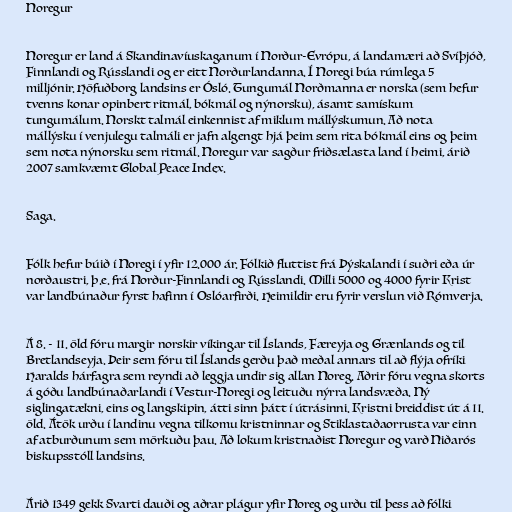
Noregur

Noregur er land á Skandinavíuskaganum í Norður-Evrópu, á landamæri að Svíþjóð,
Finnlandi og Rússlandi og er eitt Norðurlandanna. Í Noregi búa rúmlega 5
milljónir. Höfuðborg landsins er Ósló. Tungumál Norðmanna er norska (sem hefur
tvenns konar opinbert ritmál, bókmál og nýnorsku), ásamt samískum
tungumálum. Norskt talmál einkennist af miklum mállýskumun. Að nota
mállýsku í venjulegu talmáli er jafn algengt hjá þeim sem rita bókmál eins og þeim
sem nota nýnorsku sem ritmál. Noregur var sagður friðsælasta land í heimi, árið
2007 samkvæmt Global Peace Index.

Saga.

‍‍‍Fólk hefur búið í Noregi í yfir 12.000 ár. Fólkið fluttist frá Þýskalandi í suðri eða úr
norðaustri, þ.e. frá Norður-Finnlandi og Rússlandi. Milli 5000 og 4000 fyrir Krist
var landbúnaður fyrst hafinn í Oslóarfirði. Heimildir eru fyrir verslun við Rómverja.

Á 8. - 11. öld fóru margir norskir víkingar til Íslands, Færeyja og Grænlands og til
Bretlandseyja. Þeir sem fóru til Íslands gerðu það meðal annars til að flýja ofríki
Haralds hárfagra sem reyndi að leggja undir sig allan Noreg. Aðrir fóru vegna skorts
á góðu landbúnaðarlandi í Vestur-Noregi og leituðu nýrra landsvæða. Ný
siglingatækni, eins og langskipin, átti sinn þátt í útrásinni. Kristni breiddist út á 11.
öld. Átök urðu í landinu vegna tilkomu kristninnar og Stiklastaðaorrusta var einn
af atburðunum sem mörkuðu þau. Að lokum kristnaðist Noregur og varð Niðarós
biskupsstóll landsins.

Árið 1349 gekk Svarti dauði og aðrar plágur yfir Noreg og urðu til þess að fólki